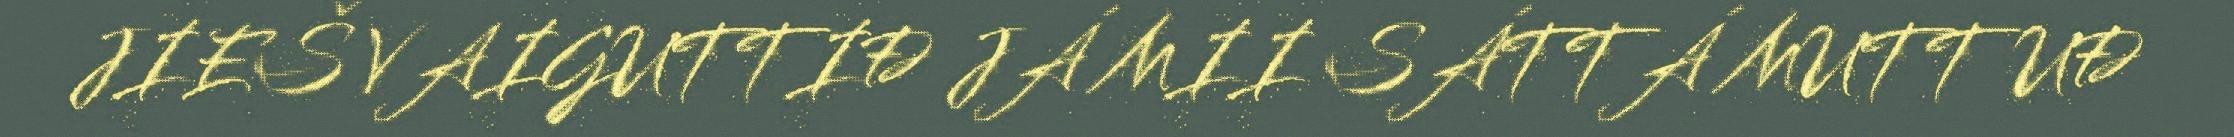
JIEŠ VAIGUTTIĐ JÁ MII SÁTTÁ MUTTUĐ